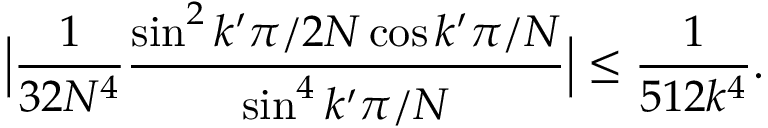
\Big | \frac { 1 } { 3 2 N ^ { 4 } } \frac { \sin ^ { 2 } k ^ { \prime } \pi / 2 N \cos k ^ { \prime } \pi / N } { \sin ^ { 4 } k ^ { \prime } \pi / N } \Big | \leq \frac { 1 } { 5 1 2 k ^ { 4 } } .